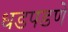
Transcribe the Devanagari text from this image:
धडपडणे